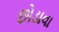
છોડાવા